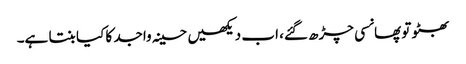
بھٹو تو پھانسی چڑھ گئے، اب دیکھیں حسینہ واجد کا کیا بنتا ہے۔